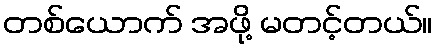
တစ်ယောက် အဖို့ မတင့်တယ်။